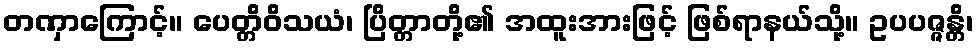
တဏှာကြောင့်။ ပေတ္တိဝိသယံ၊ ပြိတ္တာတို့၏ အထူးအားဖြင့် ဖြစ်ရာနယ်သို့။ ဥပပဇ္ဇန္တိ၊